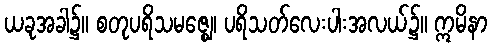
ယခုအခါ၌။ စတုပရိသမဇ္ဈေ၊ ပရိသတ်လေးပါးအလယ်၌။ ဣမိနာ